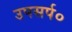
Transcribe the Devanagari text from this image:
उपसर्प०